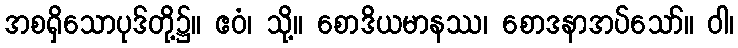
အစရှိသောပုဒ်တို့၌။ ဧဝံ၊ သို့။ စောဒိယမာနဿ၊ စောဒနာအပ်သော်။ ဝါ၊